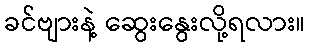
ခင်ဗျားနဲ့ ဆွေးနွေးလို့ရလား။